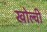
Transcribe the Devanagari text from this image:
खोल्वी